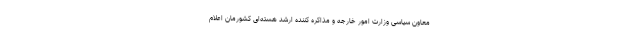
معاون سیاسی وزارت امور خارجه و مذاکره کننده ارشد هسته‌ای کشورمان اعلام